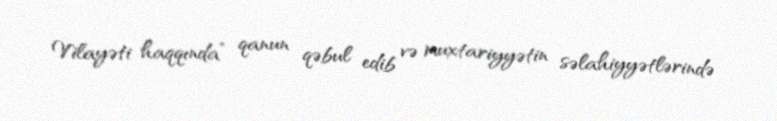
Vilayəti haqqında” qanun qəbul edib və muxtariyyətin səlahiyyətlərində